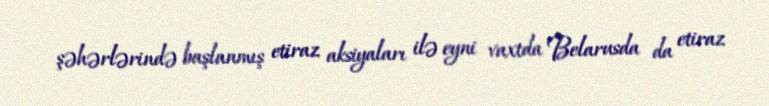
şəhərlərində başlanmış etiraz aksiyaları ilə eyni vaxtda Belarusda da etiraz